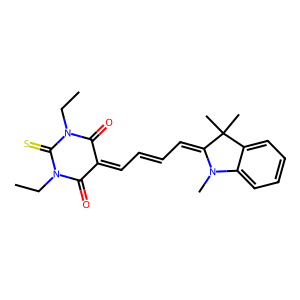
SMILES: CCN1C(=O)C(=CC=CC=C2N(C)c3ccccc3C2(C)C)C(=O)N(CC)C1=S
Inhibits HIV replication: No